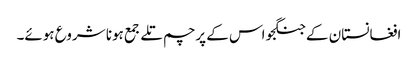
افغانستان کے جنگجو اس کے پرچم تلے جمع ہونا شروع ہوئے۔